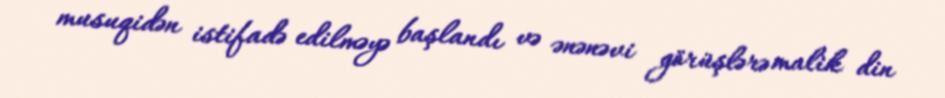
musuqidən istifadə edilməyə başlandı və ənənəvi görüşlərə malik din